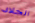
الجلاد